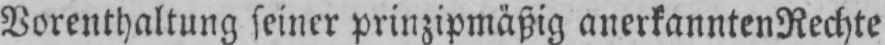
Vorenthaltung seiner prinzipmäßig anerkannten Rechte